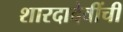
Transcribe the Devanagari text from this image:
शारदादेवींची